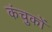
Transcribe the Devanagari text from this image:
कंचुकों